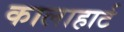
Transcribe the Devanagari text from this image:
कालाहार्ट